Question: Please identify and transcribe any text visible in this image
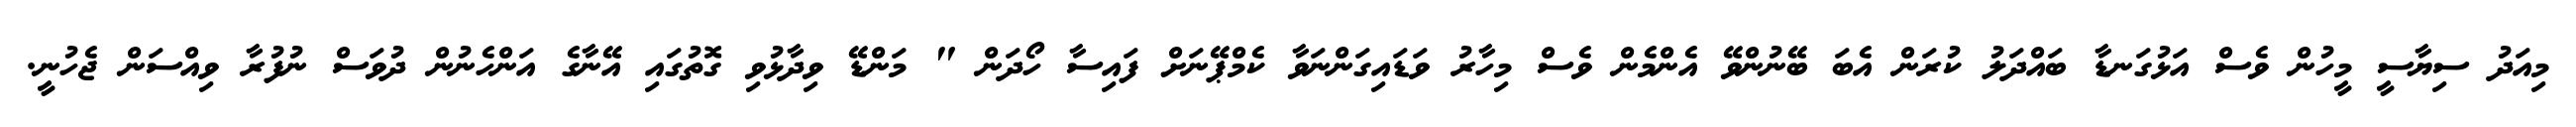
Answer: މިއަދު ސިޔާސީ މީހުން ވެސް އަޅުގަނޑާ ބައްދަލު ކުރަން އެބަ ބޭނުންވޭ އެންމެން ވެސް މިހާރު ވަޑައިގަންނަވާ ކެމްޕޭނަށް ފައިސާ ހޯދަން " މަންޑޭ ވިދާޅުވި ގޮތުގައި އޭނާގެ އަންހެނުން ދުވަސް ނުފުރާ ވިއްސަން ޖެހުނީ.